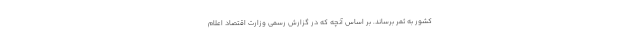
کشور به ثمر برساند. بر اساس آنچه که در گزارش رسمی وزارت اقتصاد اعلام